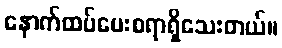
နောက်ထပ်မေးစရာရှိသေးတယ်။